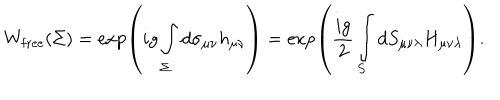
W _ { \mathrm { f r e e } } ( \Sigma ) = \exp \left( i g \int _ { \Sigma } ^ { } d \sigma _ { \mu \nu } h _ { \mu \nu } \right) = \exp \left( \frac { i g } { 2 } \int _ { S } ^ { } d S _ { \mu \nu \lambda } H _ { \mu \nu \lambda } \right) .